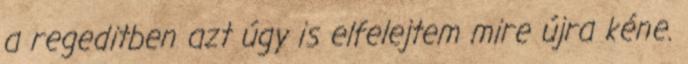
a regeditben azt úgy is elfelejtem mire újra kéne.